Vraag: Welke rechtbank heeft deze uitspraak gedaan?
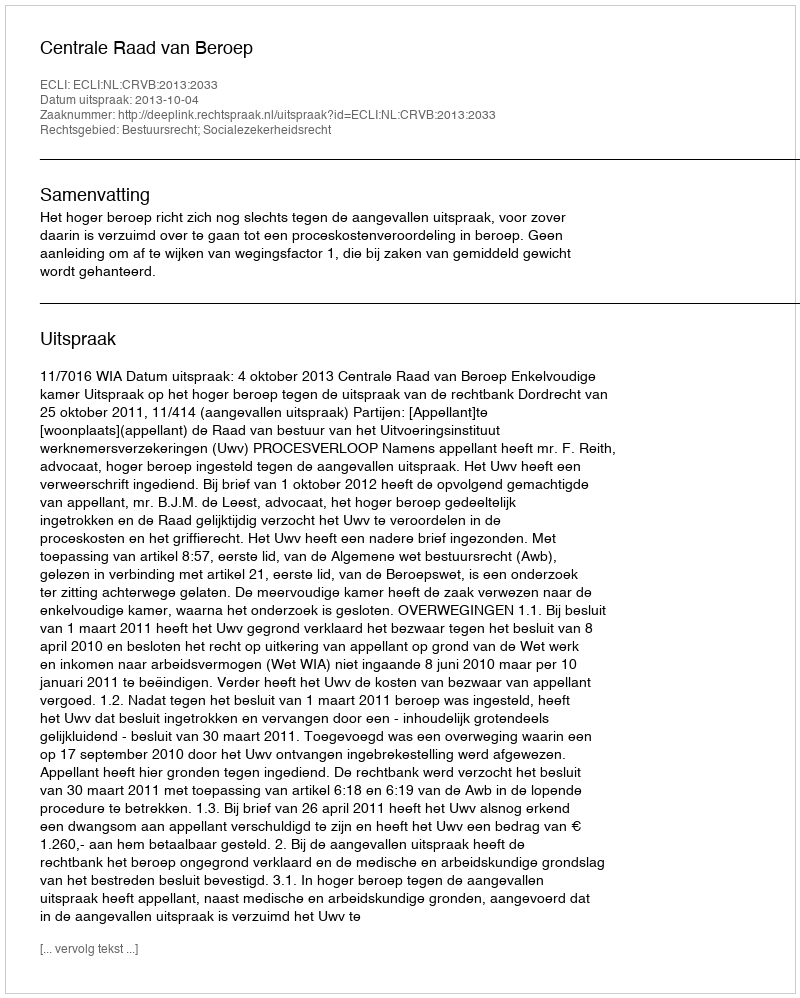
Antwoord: Centrale Raad van Beroep